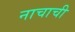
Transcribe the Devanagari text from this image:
नाचाची